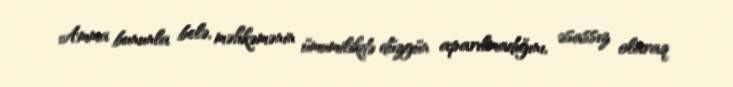
Amma bununla belə, məhkəmənin ümumilikdə düzgün aparılmadığını, əsassız olaraq